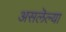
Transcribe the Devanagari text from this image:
असलॆल्या